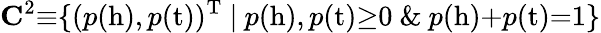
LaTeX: \mathbf{C}^{2}{\equiv}\{ (p(\mathrm{h}),p(\mathrm{t}))^{\mathrm{T}}~{|}~p(\mathrm{h}),p(\mathrm{t}){\ge}0~\& ~p(\mathrm{h}){+}p(\mathrm{t}){=}1\}